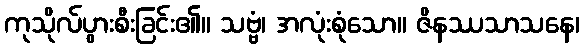
ကုသိုလ်ပွားစီးခြင်း၏။ သဗ္ဗံ၊ အလုံးစုံသော။ ဇိနဿသာသနေ၊